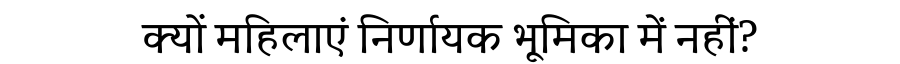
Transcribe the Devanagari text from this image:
क्यों महिलाएं निर्णायक भूमिका में नहीं?